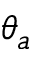
\theta _ { a }